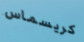
كريسماس